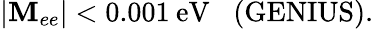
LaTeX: \vert\mathbf{M}_{ee}\vert<0.001\: \mathrm{{eV}}\; \; \; (\mathrm{{GENIUS).}}